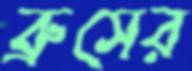
ব্রুসের